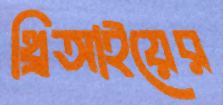
থ্রিআইয়ের